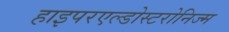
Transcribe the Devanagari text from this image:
हाइपरएल्डोस्टरोनिज्म